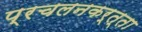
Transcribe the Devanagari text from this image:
प्रचलनकर्त्ता